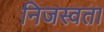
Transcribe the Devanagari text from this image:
निजस्वता